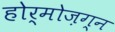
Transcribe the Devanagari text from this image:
होर्मोज़ग्न